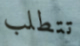
تتطلب